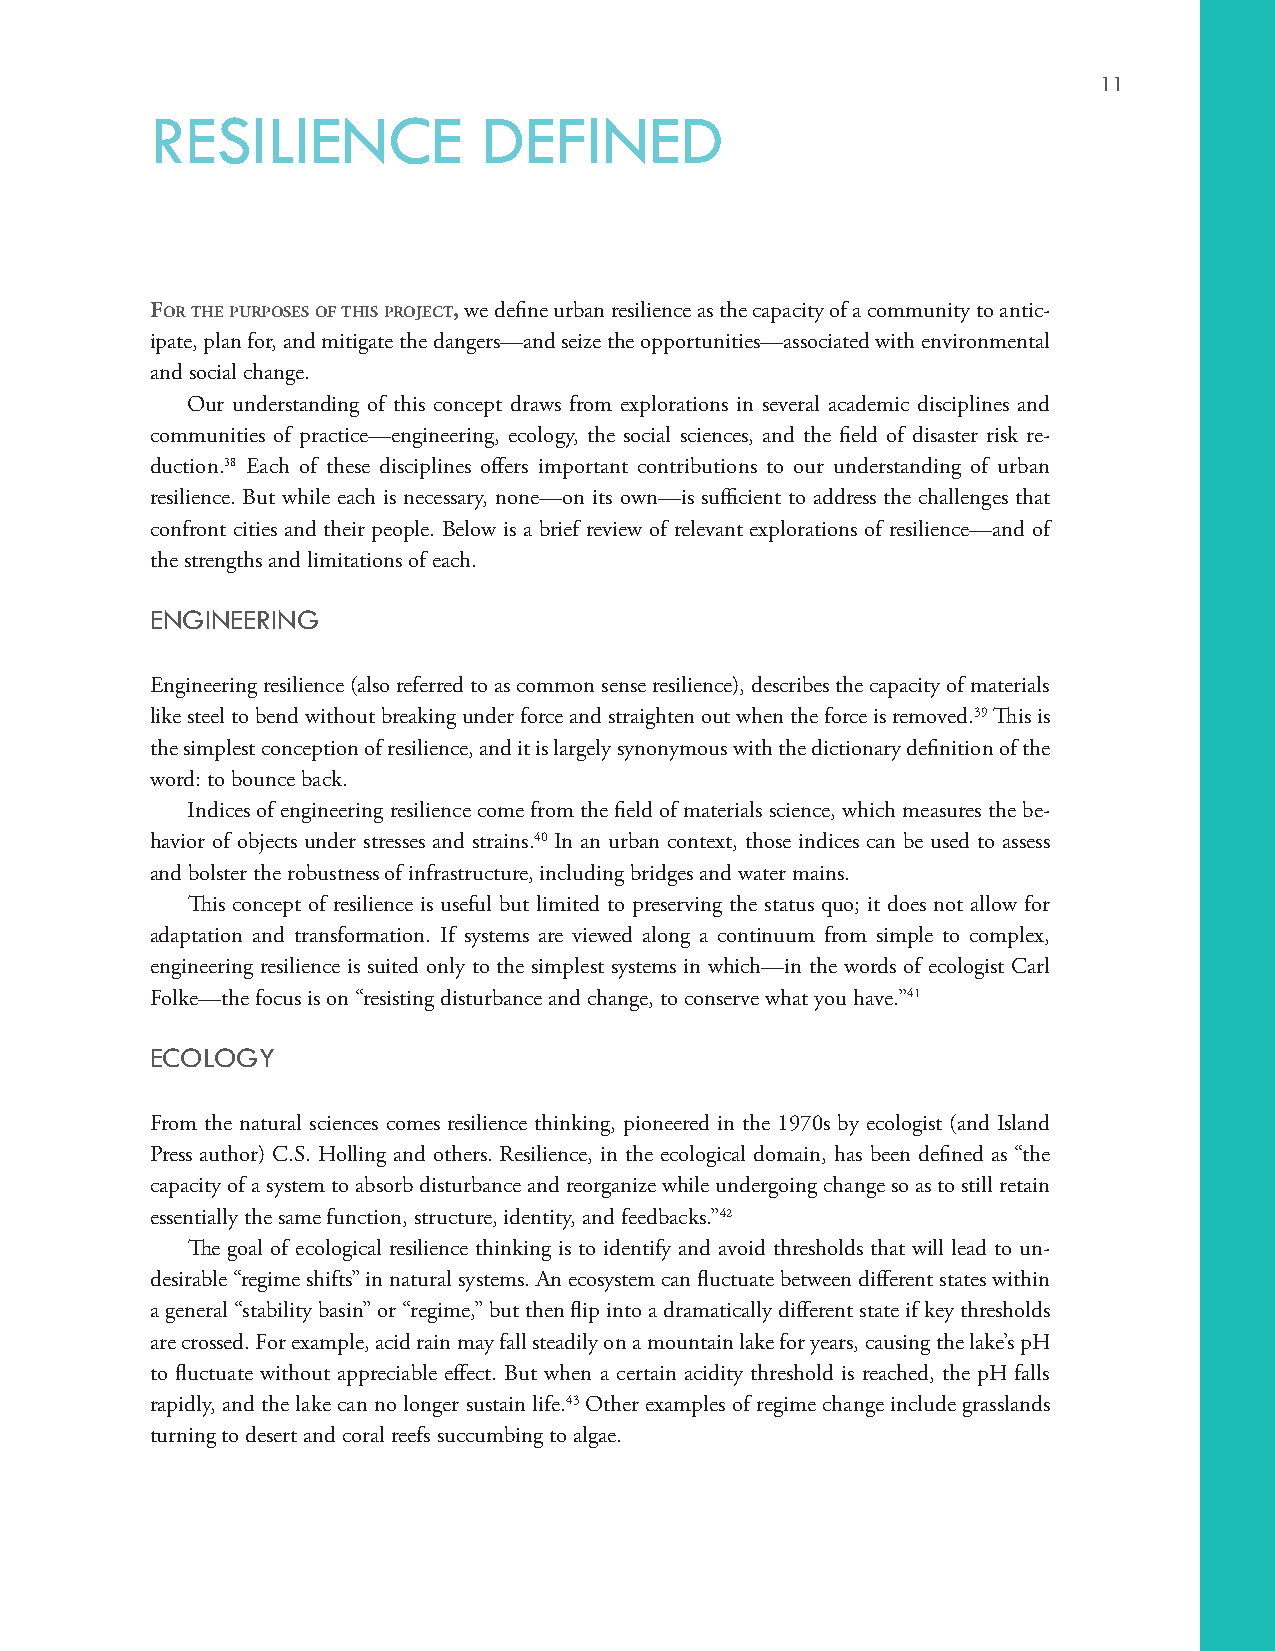
11
 RESILIENCE            DEFINED
 For The PurPoses oF ThIs ProjecT, we define urban resilience as the capacity of a community to antic-
 ipate, plan for, and mitigate the dangers—and seize the opportunities—associated with environmental
 and social change.
 Our understanding of this concept draws from explorations in several academic disciplines and
 communities of practice—engineering, ecology, the social sciences, and the field of disaster risk re-
 duction.38 Each of these disciplines offers important contributions to our understanding of urban
 resilience. But while each is necessary, none—on its own—is sufficient to address the challenges that
 confront cities and their people. Below is a brief review of relevant explorations of resilience—and of
 the strengths and limitations of each.
 ENGINEERING
 Engineering resilience (also referred to as common sense resilience), describes the capacity of materials
 like steel to bend without breaking under force and straighten out when the force is removed.39 This is
 the simplest conception of resilience, and it is largely synonymous with the dictionary definition of the
 word: to bounce back.
 Indices of engineering resilience come from the field of materials science, which measures the be-
 havior of objects under stresses and strains.40 In an urban context, those indices can be used to assess
 and bolster the robustness of infrastructure, including bridges and water mains.
 This concept of resilience is useful but limited to preserving the status quo; it does not allow for
 adaptation and transformation. If systems are viewed along a continuum from simple to complex,
 engineering resilience is suited only to the simplest systems in which—in the words of ecologist Carl
 Folke—the focus is on “resisting disturbance and change, to conserve what you have.”41
 ECOLOGY
 From the natural sciences comes resilience thinking, pioneered in the 1970s by ecologist (and Island
 Press author) C.S. Holling and others. Resilience, in the ecological domain, has been defined as “the
 capacity of a system to absorb disturbance and reorganize while undergoing change so as to still retain
 essentially the same function, structure, identity, and feedbacks.”42
 The goal of ecological resilience thinking is to identify and avoid thresholds that will lead to un-
 desirable “regime shifts” in natural systems. An ecosystem can fluctuate between different states within
 a general “stability basin” or “regime,” but then flip into a dramatically different state if key thresholds
 are crossed. For example, acid rain may fall steadily on a mountain lake for years, causing the lake’s pH
 to fluctuate without appreciable effect. But when a certain acidity threshold is reached, the pH falls
 rapidly, and the lake can no longer sustain life.43 Other examples of regime change include grasslands
 turning to desert and coral reefs succumbing to algae.